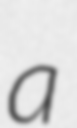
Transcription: a